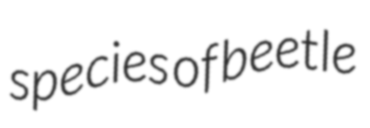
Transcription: species of beetle